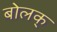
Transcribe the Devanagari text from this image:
बोलक्